Source: Handwritten
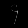
Digit: ၄ (4)